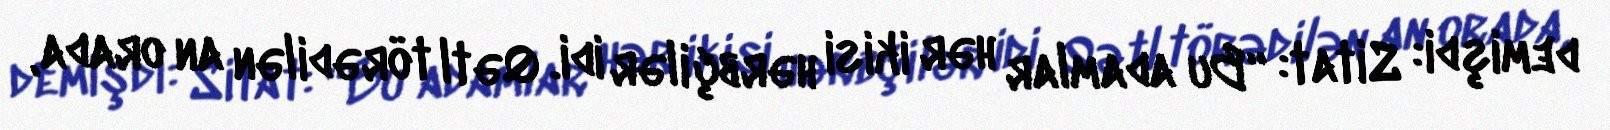
demişdi: Sitat: “Bu adamlar hər ikisi hərbçilər idi. Qətl törədilən an orada,